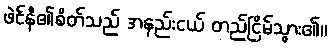
ဖဲင်နီ၏စိတ်သည် အနည်းငယ် တည်ငြိမ်သွား၏။